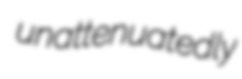
unattenuatedly